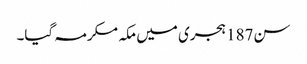
سن187 ہجری میں مکہ مکرمہ گیا۔